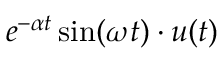
e ^ { - \alpha t } \sin ( \omega t ) \cdot u ( t )